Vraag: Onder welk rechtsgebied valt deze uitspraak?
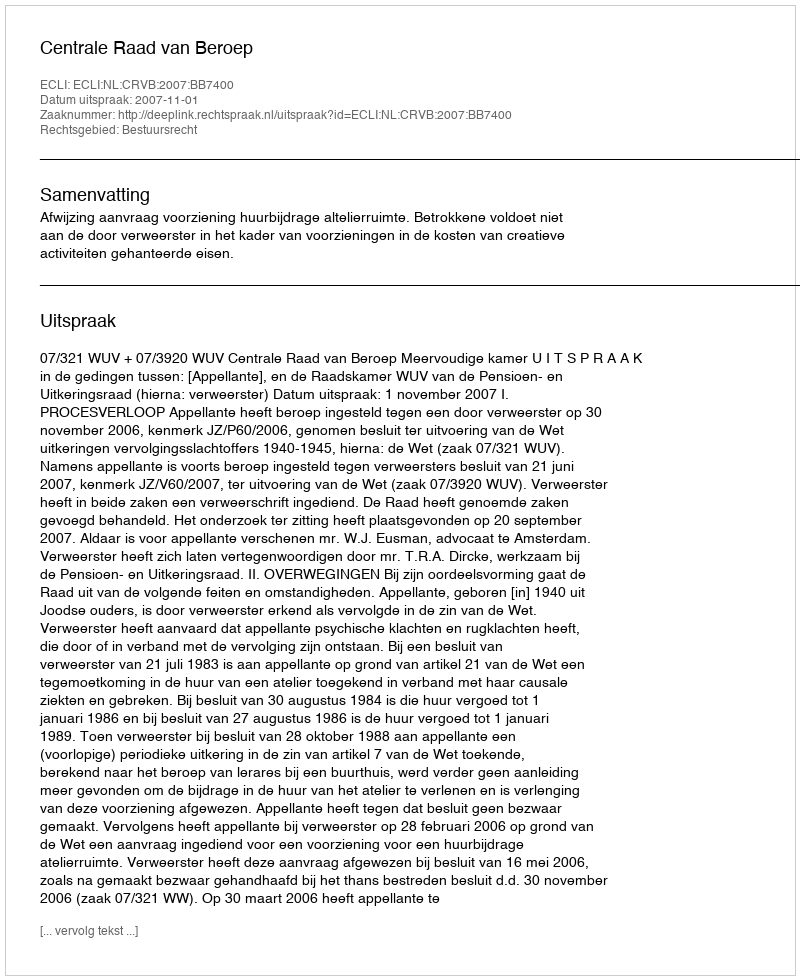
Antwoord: Bestuursrecht